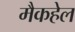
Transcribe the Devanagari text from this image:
मैकहेल